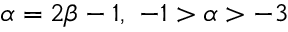
\alpha = 2 \beta - 1 , \ - 1 > \alpha > - 3